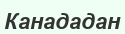
Канададан